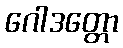
ဂေါဒတ္တော